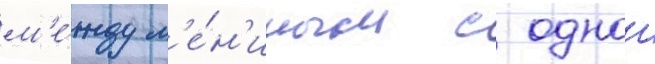
м'е́жду л'е́н'иным с однои